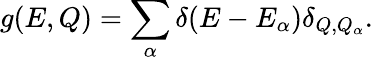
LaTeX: g(E,Q)=\sum_{\alpha}\delta(E-E_{\alpha})\delta_{Q,Q_{\alpha}}.